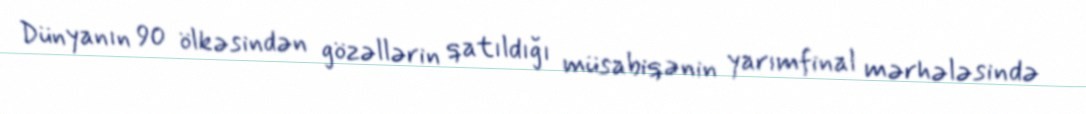
Dünyanın 90 ölkəsindən gözəllərin qatıldığı müsabiqənin yarımfinal mərhələsində